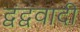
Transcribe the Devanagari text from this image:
द्वंद्ववादी